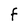
Character: F